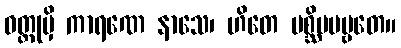
ဝတ္ထုမှိ ကာရဏေ နာသေ၊ ဟိတေ ပစ္ဆိမပဗ္ဗတေ။